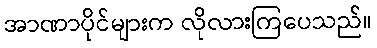
အာဏာပိုင်များက လိုလားကြပေသည်။